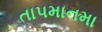
તાપમાનમા